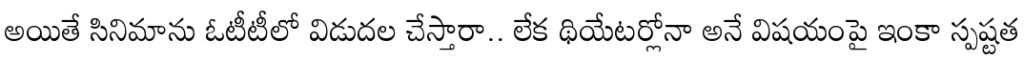
అయితే సినిమాను ఓటీటీలో విడుదల చేస్తారా.. లేక థియేటర్లోనా అనే విషయంపై ఇంకా స్పష్టత